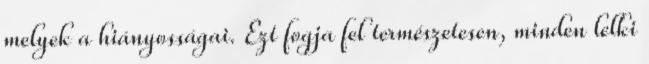
melyek a hiányosságai. Ezt fogja fel természetesen, minden lelki